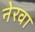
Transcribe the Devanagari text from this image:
नेरवा